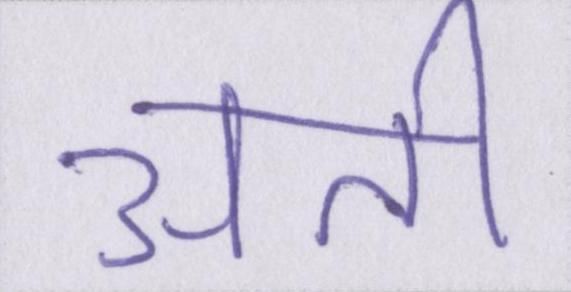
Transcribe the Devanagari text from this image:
अती